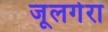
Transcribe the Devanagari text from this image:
जूलगेरा